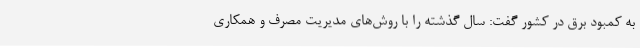
به کمبود برق در کشور گفت: سال گذشته را با روش‌های مدیریت مصرف و همکاری